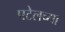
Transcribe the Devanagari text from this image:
पटेलच्या